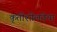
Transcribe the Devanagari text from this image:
कृतीशीलतेचा